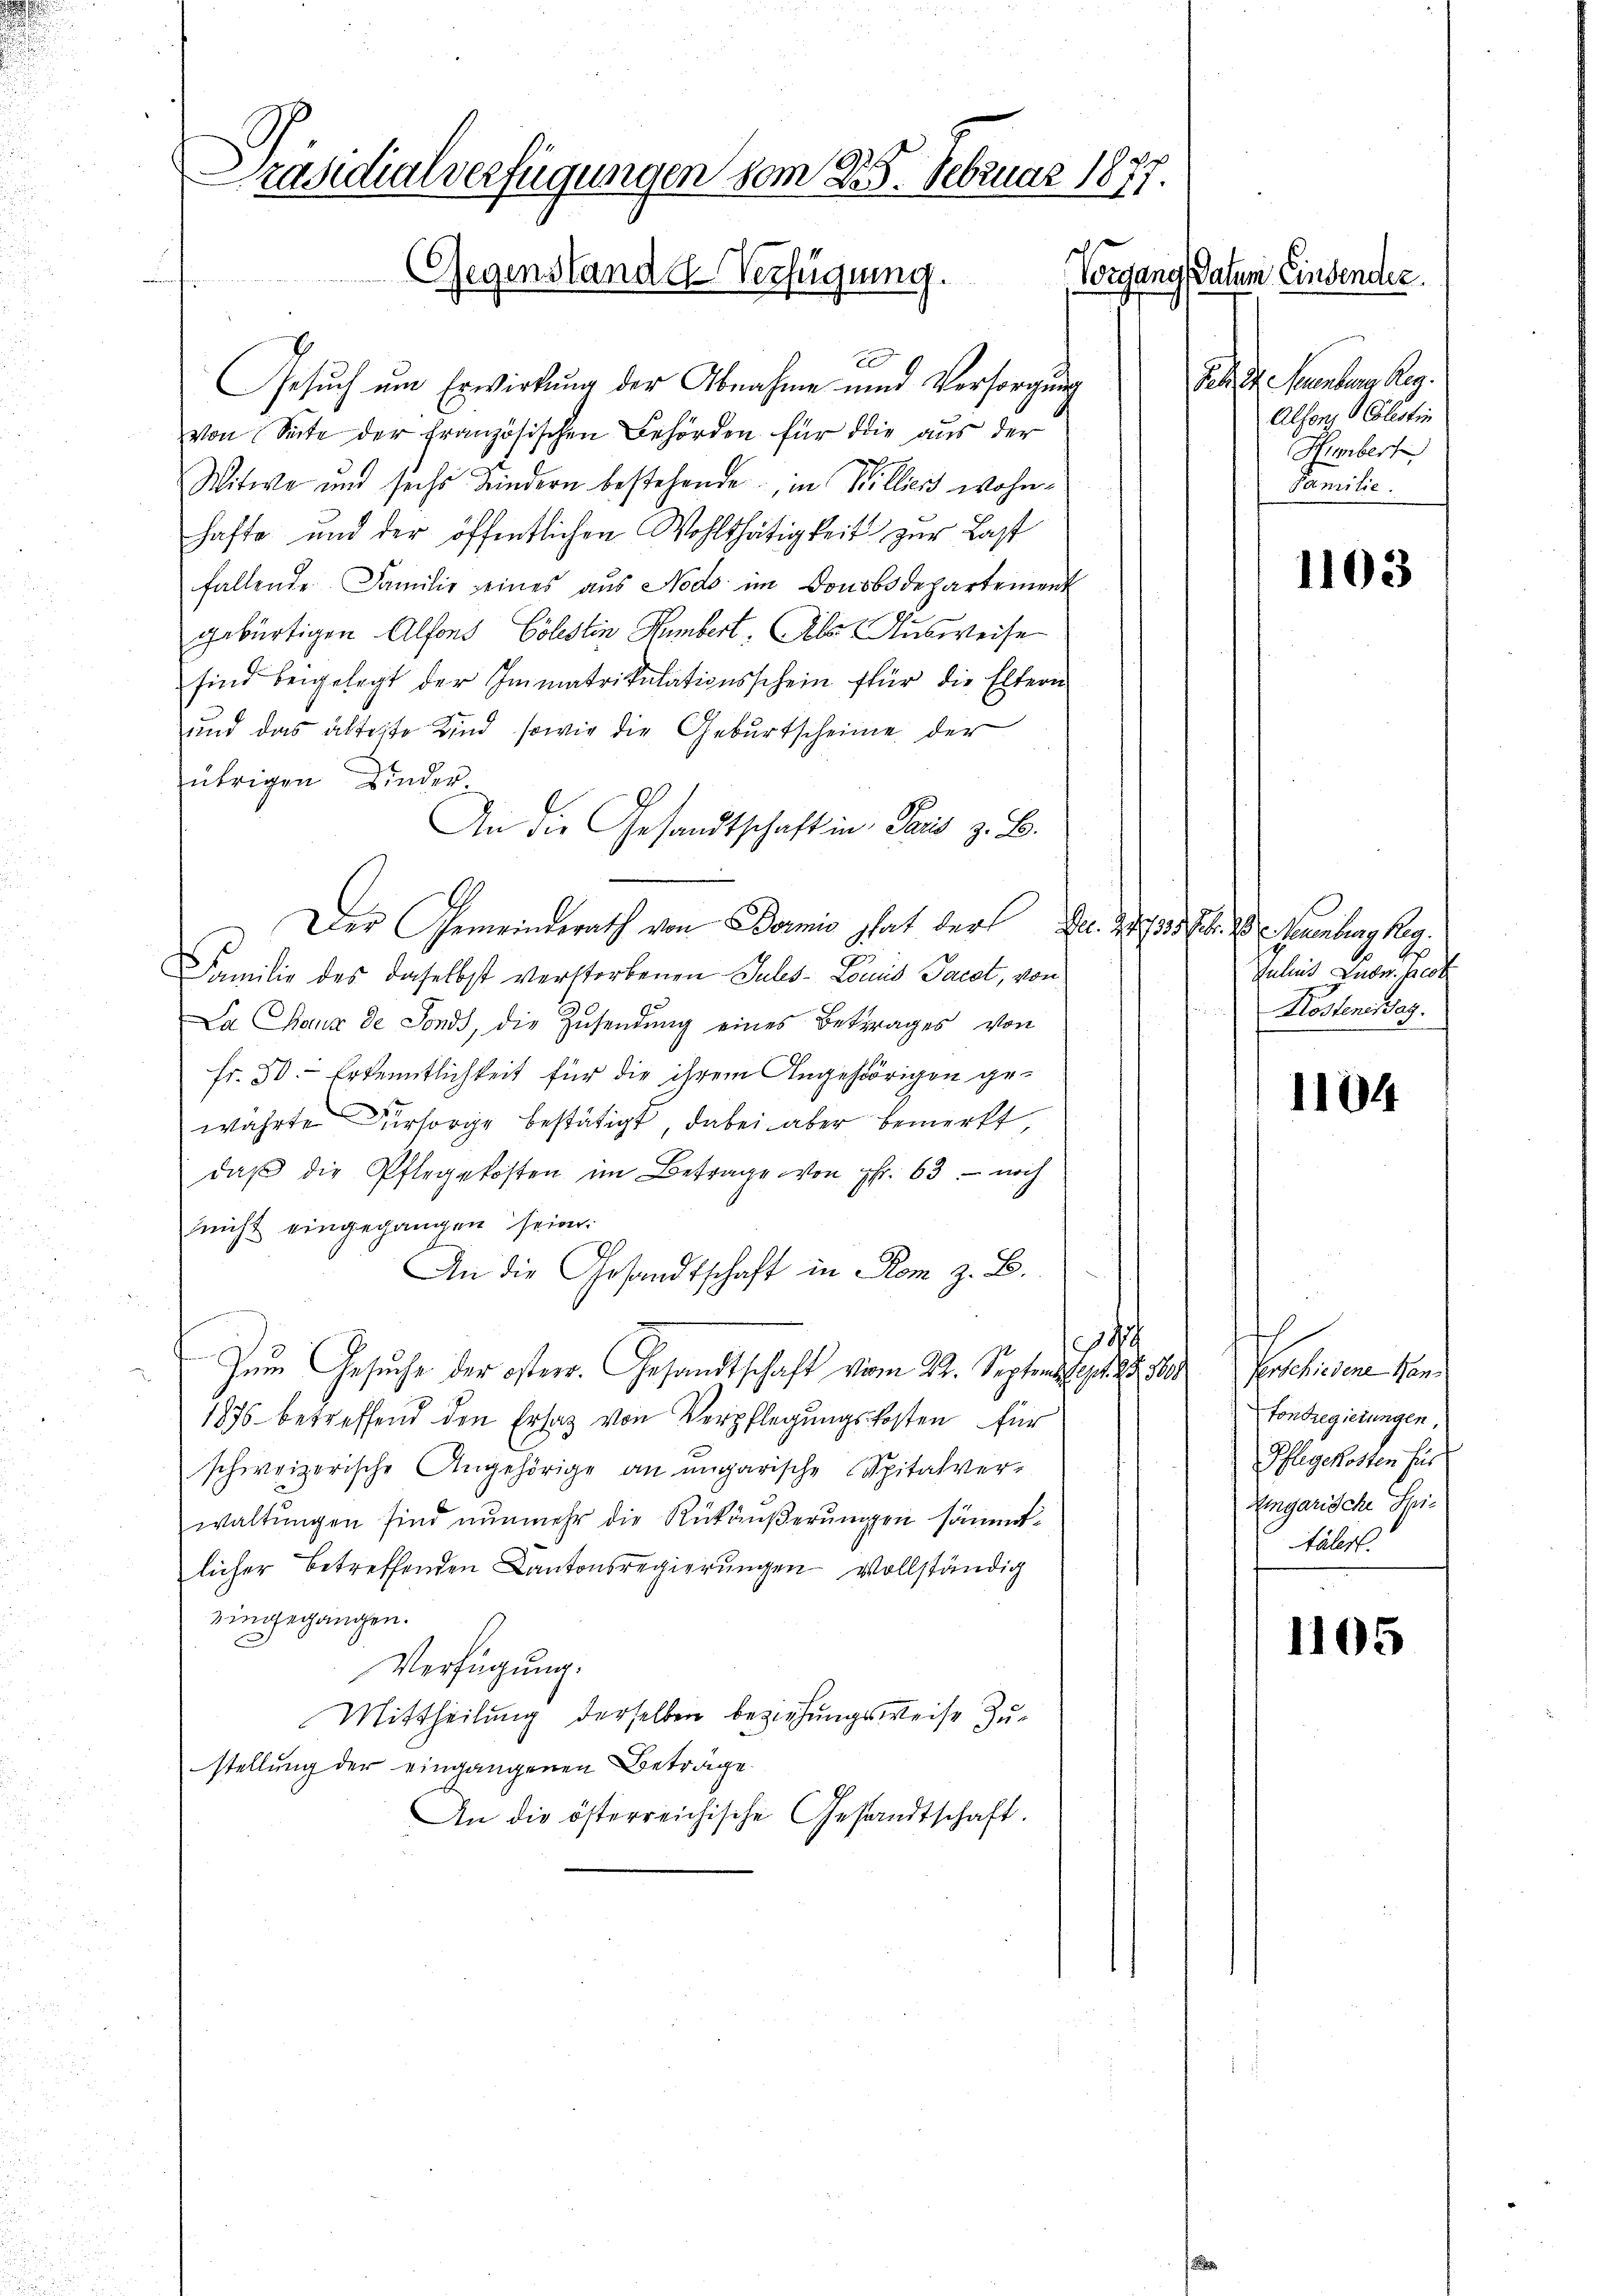
Präsidialverfügungen vom 25. Februar 1877.
u
Vorgang Datum Einsender.
Gegenstande-Verfügung.

E
Gesuch um Erwirkung der Abnahme und Versorgung
von Seite der französischen Behörden für die aus der
Witwe und sechs Kindern bestehende, in Villicis wohnhafte und der öffentlichen Wohlthätigkeit zur Last
fallende Familie seines aus Nodo im Donobsdepartement
gebürtigen Alfons Colestin Humbert. Als Ausweise
sind beigelegt der Immatrikulationsschein für die Eltern
und das älteste Kind sowie die Geburtscheine der
übrigen Kinder
An die Gesandtschaft in Paris z. B.
Der Gemeinderath von Bormnis hat der Dr. 2270 f. 20. Neuenburg heg
Familie des daselbst verstorbenen Jules- Louis Pacet, von
La Saux de Fonds, die Zusendung eines Betrages von
Fr. 30. - Erkenntlichkeit für die ihrem Angehörigen gewährte Fürsorge bestätigt, dabei aber bemerkt
daβ die Pflegekosten im Betrage von Fr. 63 - noch
nicht eingegangen seien.
An die Gesandtschaft in Rom z. B.
c
Zum Gesuche der österr. Gesandtschaft vom 22. September 1809. Perschiedene Kon¬
1876 betreffend den Ersatz von Verpflegungskosten für
schweizerische Angehörige an ungarische Spitalver-
waltungen sind nunmehr die Rückäußerungen sämmtlicher betreffenden Kantonsregierungen vollständig
eingegangen.
Verfügung.
Mittheilung derselben beziehungsweise Zustellung der eingangenen Beträge
An die österreichische Gesandtschaft.

Feb. St. Neuenburg Reg.
Alfons Colestin
Hembert
Familie.

1103

Julius Ludn. herb
Kosteneraz

1104

E
Tontregierungen,
Pflegekosten für
Eingarische Spitälert.

1105